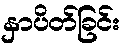
နှာပိတ်ခြင်း